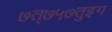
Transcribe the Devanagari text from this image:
७त्७५७तुइग